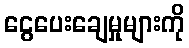
ငွေပေးချေမှုများကို